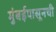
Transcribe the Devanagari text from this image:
मुंबईपासूनची